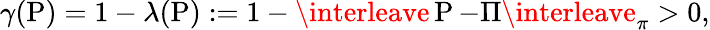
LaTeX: \gamma(\operatorname{P})=1-\lambda(\operatorname{P}):=1-\interleave\operatorname{P}-\Pi\interleave_{\pi}>0,